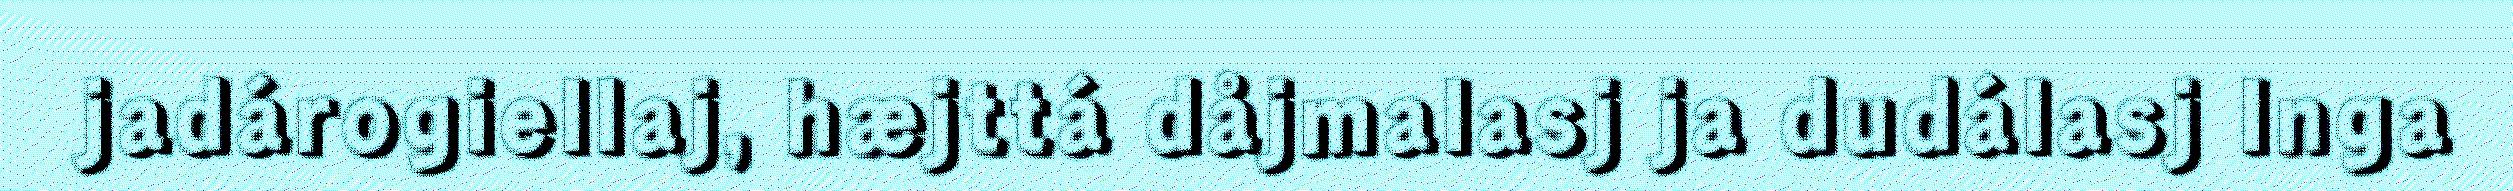
jadárogiellaj, hæjttá dåjmalasj ja dudálasj Inga